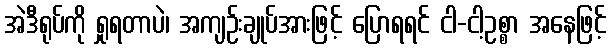
အဲဒီရုပ်ကို ရှုရတာပဲ၊ အကျဉ်းချုပ်အားဖြင့် ပြောရရင် ငါ-ငါ့ဥစ္စာ အနေဖြင့်